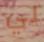
لي